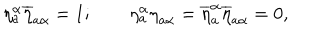
LaTeX: \eta _ { a } ^ { \alpha } \overline { { { \eta } } } _ { a \alpha } = 1 ; \qquad \eta _ { a } ^ { \alpha } { \eta } _ { a \alpha } = \overline { { { \eta } } } _ { a } ^ { \alpha } \overline { { { \eta } } } _ { a \alpha } = 0 ,